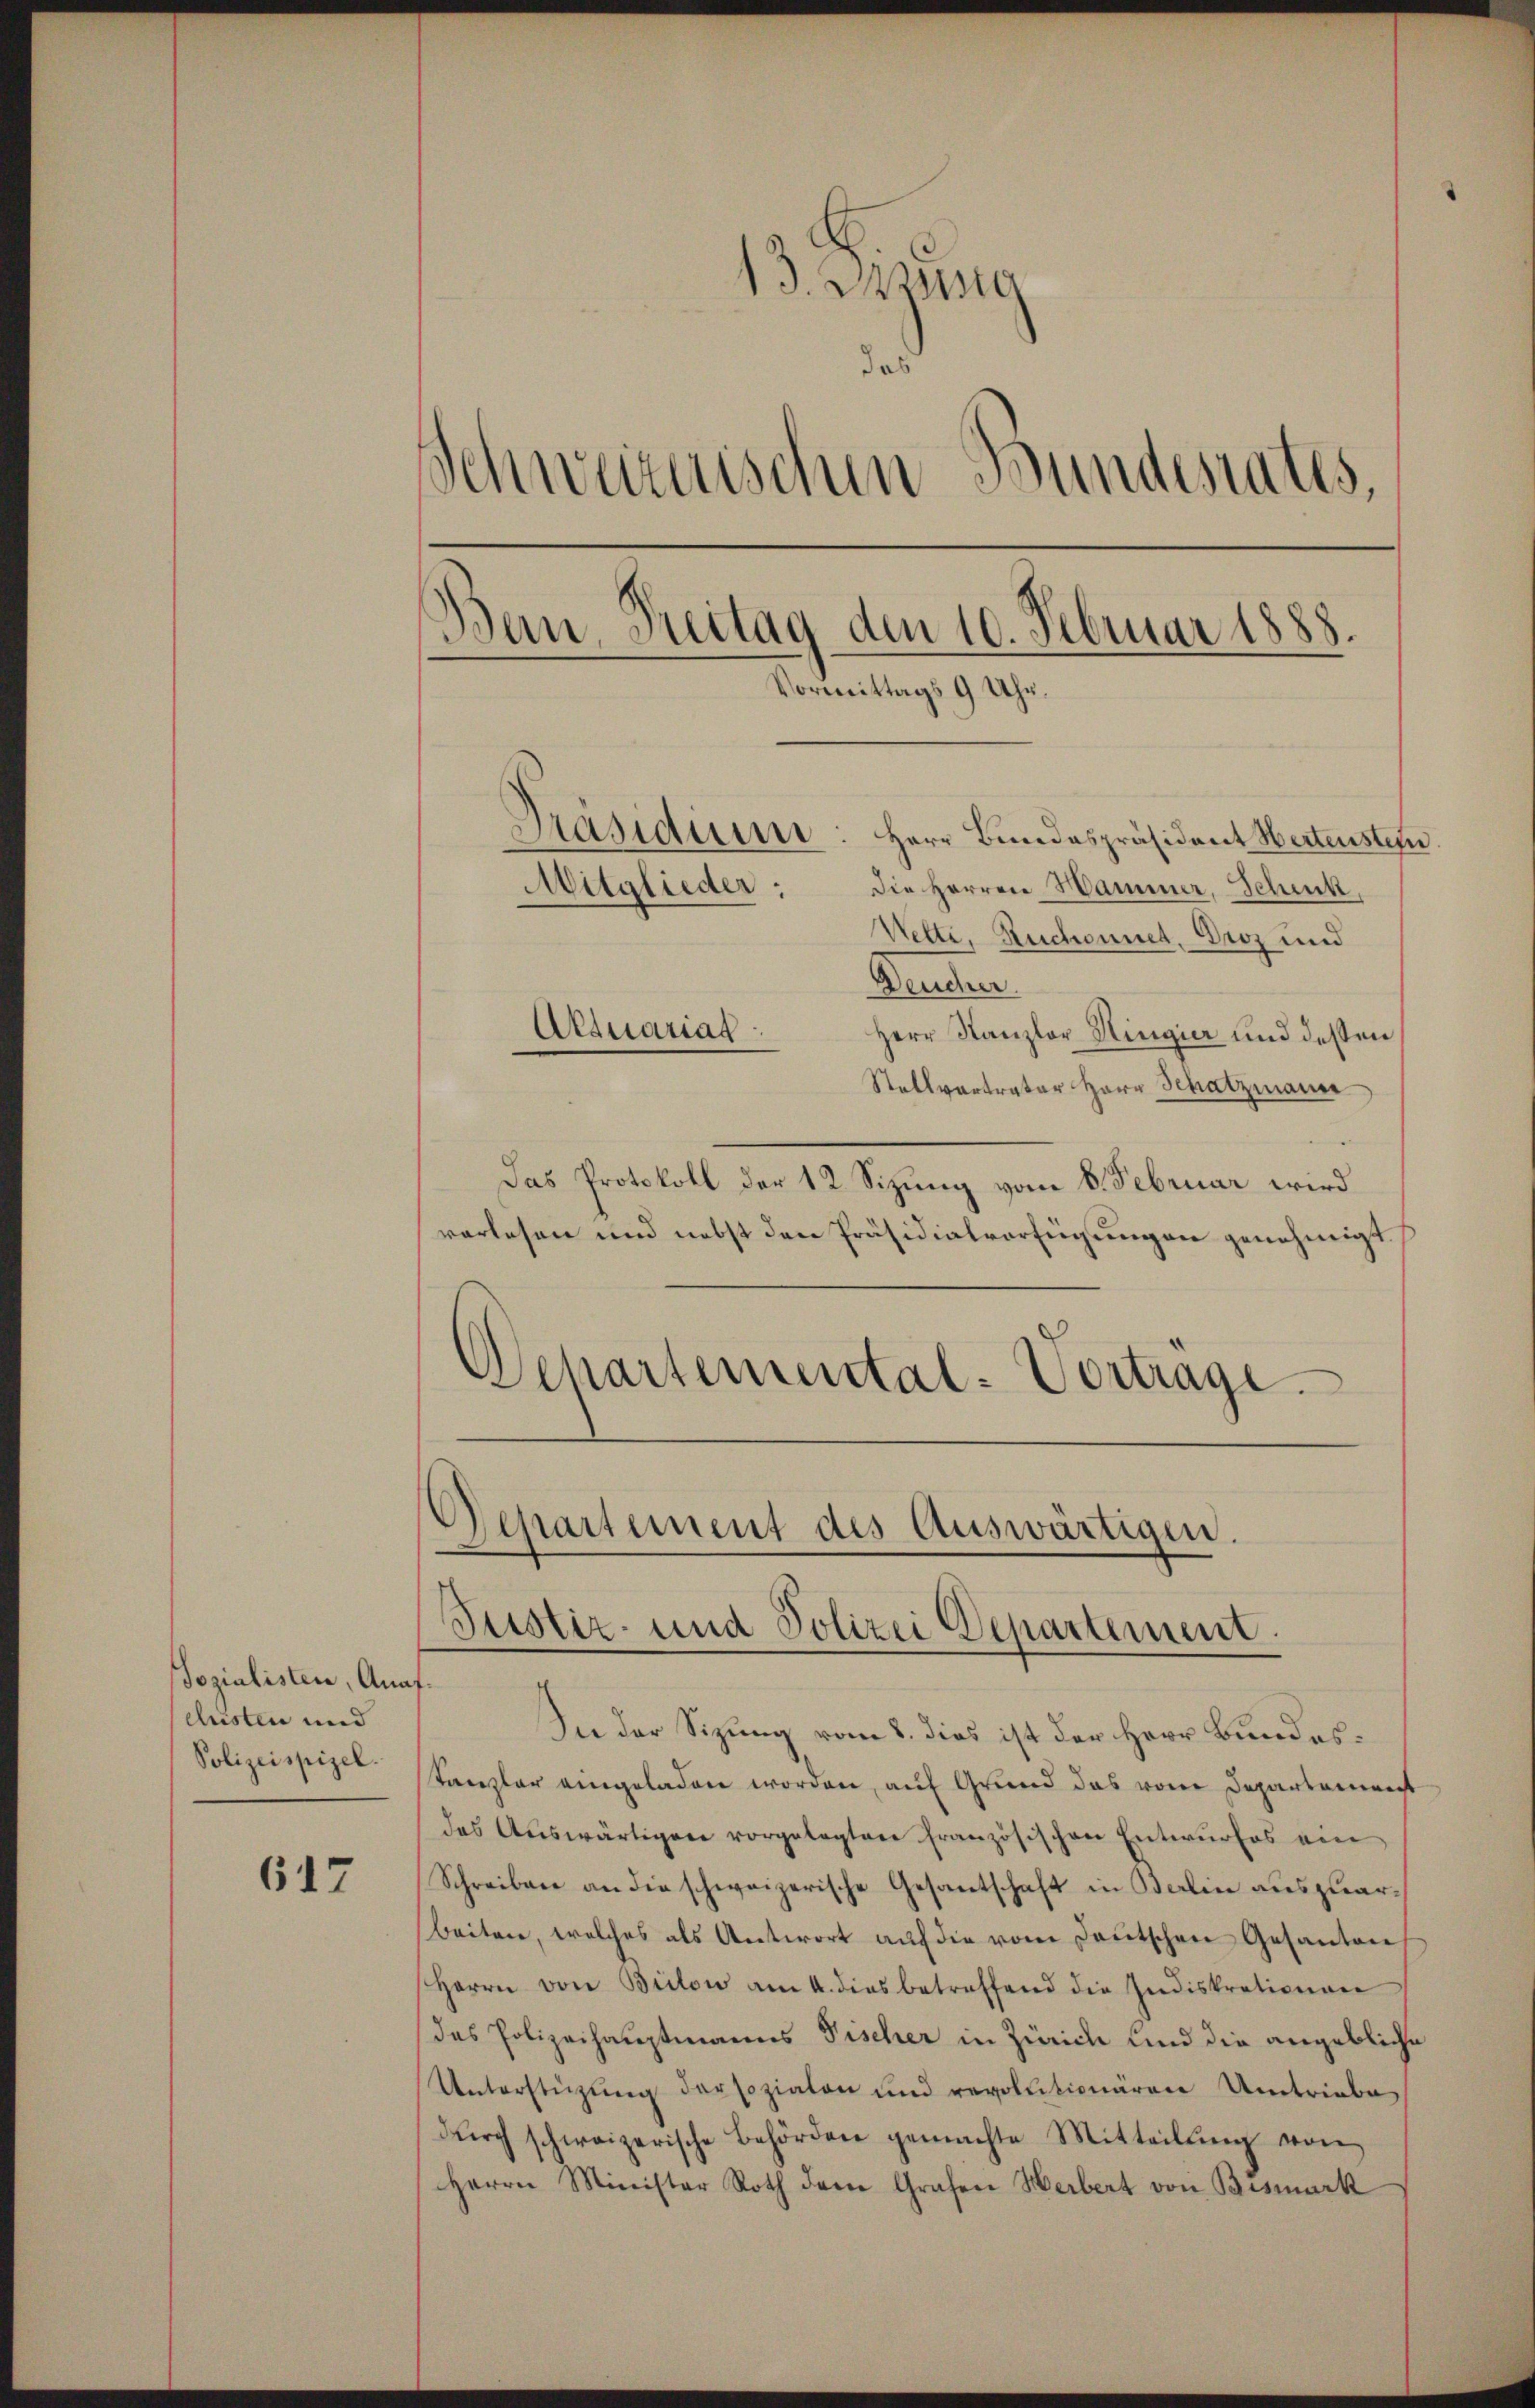
Sozialisten, Anafchisten und
Polizeispiel.

617

13. Manig
das
Schweizerischen Bundesrates,
Ban Treitag den 10. Februar 1888.
Vormittags 9 Uhr.
Präsidiui: Herr Bundespräsident Wertenstein.
Mitglieder:
die Herren Hammer, Schenk.
Wetti, Ruchonnet, Droz und

Deucher.
Herr Kanzler Hingier und dessen
Stallvertrater Herr Schatzmann
Das Protokoll der 12 Sizung vom 8. Februar wird
verlesen und nebst den Präsidialverfügungen genehmigt.
Departemental-Vortrage

Aktuariat

Departement des Auswärtigen.
Justiz- und Polizei Departement.

In der Sizung vom 8. dies ist der Herr Bundes¬
Kanzler eingeladen worden, auf Grund das vom Departement
des Auswärtigen vorgelegten französischen Entwurfes ein
Schreiben an die schweizerische Gesantschaft in Balin auszuarbeiten, welches als Antwort aŭf die vom deŭtschen Gesanten
Herrn von Brilow am 4. dies betreffend die Indiskrationen
das Polizeihauptmanns Fischer in Zürich und die angebliche
Unterstüzung darsozialen und revolutionären Umtriebe,
dŭrch schweizerische Behörden gemachte Mitteilŭng von
Herrn Minister Roth dem Grafen Herbert von Bismark